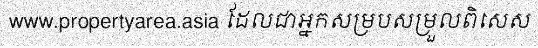
www.propertyarea.asia ដែលជាអ្នកសម្របសម្រួលពិសេស